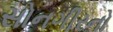
સોનગીરનો